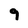
Character: 9